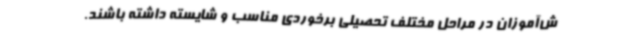
ش‌آموزان در مراحل مختلف تحصیلی برخوردی مناسب و شایسته داشته باشند.